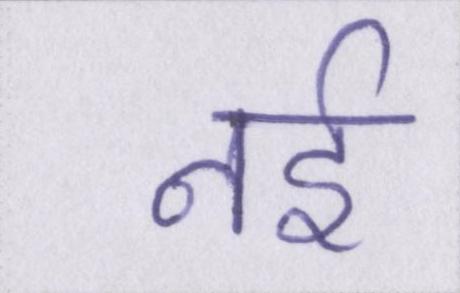
नर्इ